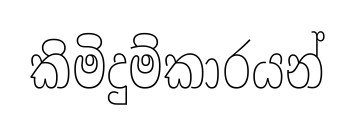
කිමිදුම්කාරයන්